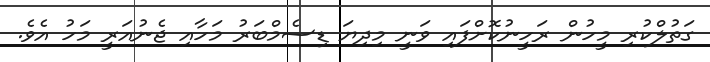
ގަތުލްކުރި މީހުން ރަހީނުކޮށްފައި ވަނީ މިދިޔަ ޑިސެމްބަރު މަހާއި ޖެނުއަރީ މަހު އެވެ.